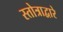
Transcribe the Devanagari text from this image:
स्तोत्राद्वारे